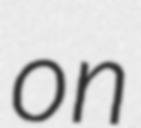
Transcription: on